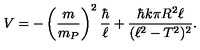
V = - \left( { \frac { m } { m _ { P } } } \right) ^ { 2 } { \frac { \hbar } { \ell } } + { \frac { \hbar k \pi R ^ { 2 } \ell } { ( \ell ^ { 2 } - T ^ { 2 } ) ^ { 2 } } } .